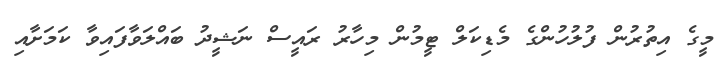
މީގެ އިތުރުން ފުލުހުންގެ މެޑިކަލް ޓީމުން މިހާރު ރައީސް ނަޝީދު ބައްލަވާފައިވާ ކަމަށާއި